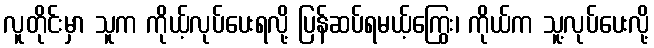
လူတိုင်းမှာ သူက ကိုယ့်လုပ်ပေးရလို့ ပြန်ဆပ်ရမယ့်ကြွေး၊ ကိုယ်က သူ့လုပ်ပေးလို့